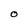
Character: O